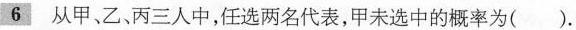
6 从甲、乙、丙三人中，任选两名代表，甲未选中的概率为( ).